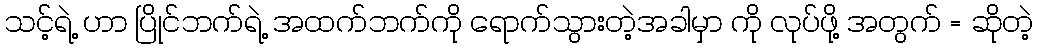
သင့်ရဲ့ ဟာ ပြိုင်ဘက်ရဲ့ အထက်ဘက်ကို ရောက်သွားတဲ့အခါမှာ ကို လုပ်ဖို့ အတွက် = ဆိုတဲ့